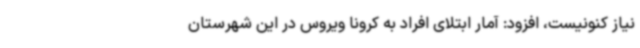
نیاز کنونیست، افزود: آمار ابتلای افراد به کرونا ویروس در این شهرستان